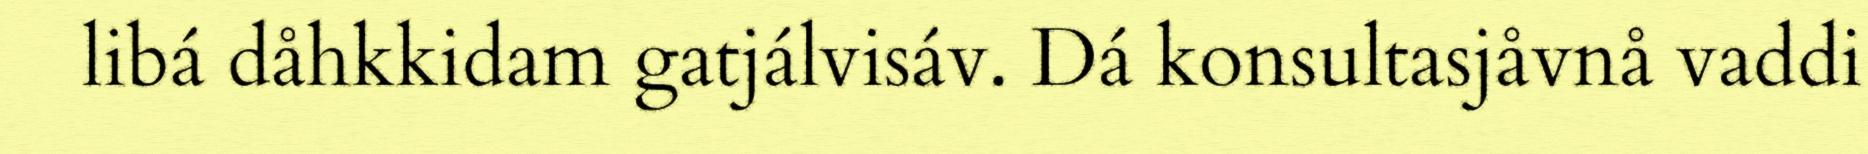
libá dåhkkidam gatjálvisáv. Dá konsultasjåvnå vaddi